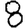
Digit: 8